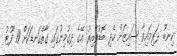
ކިނބޫ ދަރިމައިވާ ސައިޒަށް ހެދި ބޮޑުވާއިރު އޭގެ ދިގުމިނުގައި ގާތްގަނޑަކަށް 11 ފޫޓު